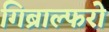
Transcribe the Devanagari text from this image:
गिब्राल्फरो